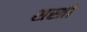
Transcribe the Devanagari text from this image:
शस्त्री